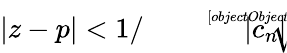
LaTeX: |z-p|<1/{\sqrt[[objectObject]]{|c_{n}|}}